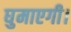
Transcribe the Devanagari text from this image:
घुमाएगी।